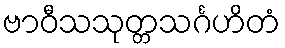
ဗာဝီသသုတ္တသင်္ဂဟိတံ